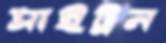
সাইট্রন